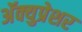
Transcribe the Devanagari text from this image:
अॅक्युप्रेशर